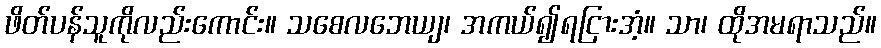
ဖိတ်ပန်သူကိုလည်းကောင်း။ သစေလဘေယျ၊ အကယ်၍ရငြားအံ့။ သာ၊ ထိုအမရာသည်။